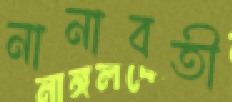
নানাবতী